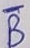
Text: B